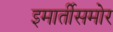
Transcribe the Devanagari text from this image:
इमार्तीसमोर